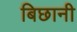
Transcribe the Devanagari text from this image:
बिछानी